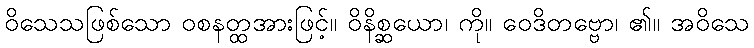
ဝိသေသဖြစ်သော ဝစနတ္ထအားဖြင့်။ ဝိနိစ္ဆယော၊ ကို။ ဝေဒိတဗ္ဗော၊ ၏။ အဝိသေ